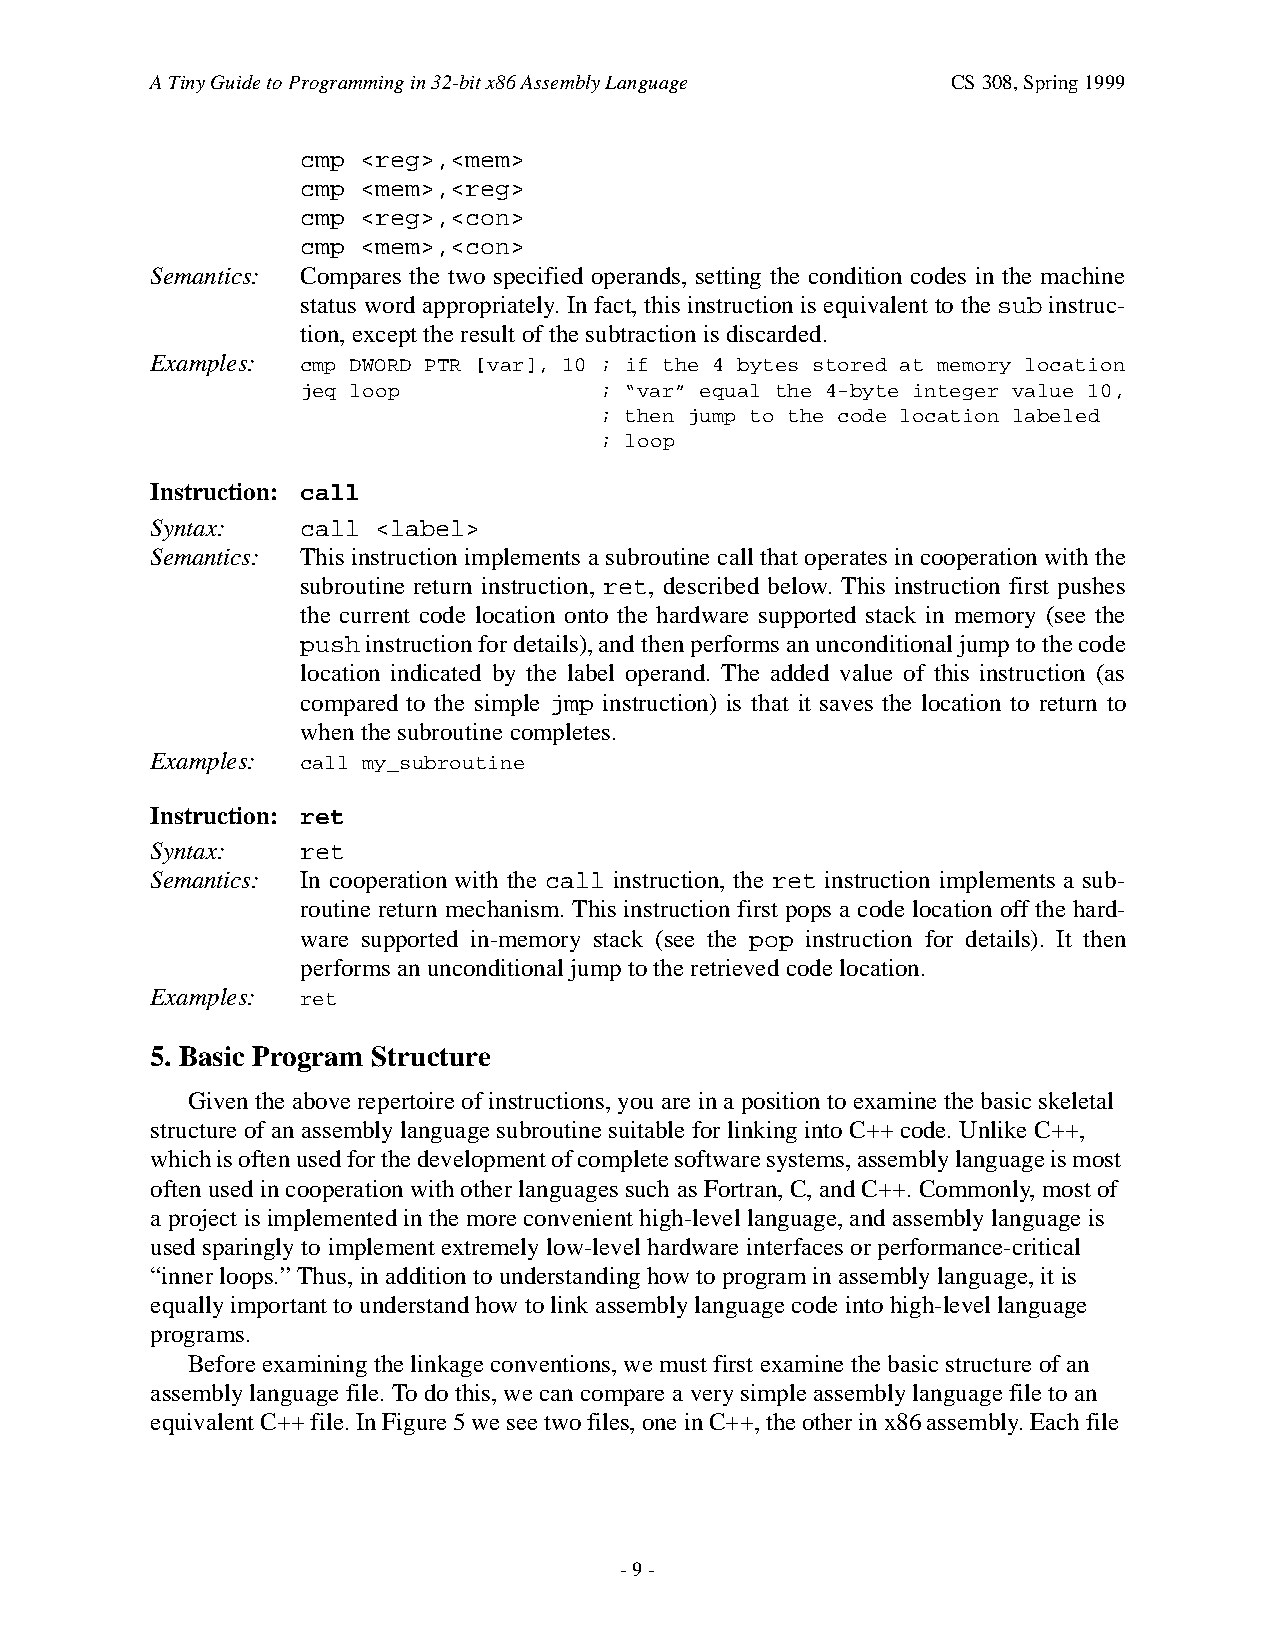
A Tiny Guide to Programming in 32-bit x86 Assembly Language CS 308, Spring 1999
 cmp <reg>,<mem>
 cmp <mem>,<reg>
 cmp <reg>,<con>
 cmp <mem>,<con>
 Semantics: Compares the two specified operands, setting the condition codes in the machine
 status word appropriately. In fact, this instruction is equivalent to the sub instruc-
 tion, except the result of the subtraction is discarded.
 Examples: cmp DWORD PTR [var], 10 ; if the 4 bytes stored at memory location
 jeq loop            ; “var” equal the 4-byte integer value 10,
 ; then jump to the code location labeled
 ; loop
 Instruction: call
 Syntax:   call <label>
 Semantics: This instruction implements a subroutine call that operates in cooperation with the
 subroutine return instruction, ret, described below. This instruction first pushes
 the current code location onto the hardware supported stack in memory (see the
 push instruction for details), and then performs an unconditional jump to the code
 location indicated by the label operand. The added value of this instruction (as
 compared to the simple jmp instruction) is that it saves the location to return to
 when the subroutine completes.
 Examples: call my_subroutine
 Instruction: ret
 Syntax:   ret
 Semantics: In cooperation with the call instruction, the ret instruction implements a sub-
 routine return mechanism. This instruction first pops a code location off the hard-
 ware supported in-memory stack (see the pop instruction for details). It then
 performs an unconditional jump to the retrieved code location.
 Examples: ret
 5. Basic Program Structure
 Given the above repertoire of instructions, you are in a position to examine the basic skeletal
 structure of an assembly language subroutine suitable for linking into C++ code. Unlike C++,
 which is often used for the development of complete software systems, assembly language is most
 often used in cooperation with other languages such as Fortran, C, and C++. Commonly, most of
 a project is implemented in the more convenient high-level language, and assembly language is
 used sparingly to implement extremely low-level hardware interfaces or performance-critical
 “inner loops.” Thus, in addition to understanding how to program in assembly language, it is
 equally important to understand how to link assembly language code into high-level language
 programs.
 Before examining the linkage conventions, we must first examine the basic structure of an
 assembly language file. To do this, we can compare a very simple assembly language file to an
 equivalent C++ file. In Figure 5 we see two files, one in C++, the other in x86 assembly. Each file
 - 9 -